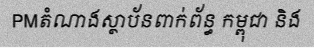
PMតំណាងស្ថាប័នពាក់ព័ន្ធ កម្ពុជា និង